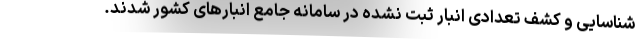
شناسایی و کشف تعدادی انبار ثبت نشده در سامانه جامع انبارهای کشور شدند.